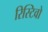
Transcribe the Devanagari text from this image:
रिस्टिवो